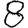
Digit: 8